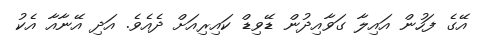
އޭގެ ފަހުން އައިލާ ގަވާއިދުން ޑޭވިޑް ކައިރިއަށް ދެއެވެ. އަދި އޭނާއާ އެކު